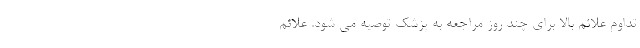
تداوم علائم بالا برای چند روز مراجعه به پزشک توصیه می شود. علائم